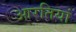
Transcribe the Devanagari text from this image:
आरतियां